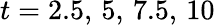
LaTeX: t=2.5,\, 5,\, 7.5,\, 10